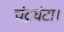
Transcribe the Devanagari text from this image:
चंद्रघंटा।